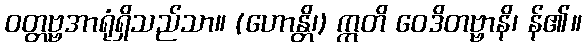
ဝတ္တဗ္ဗအာရုံရှိသည်သာ။ (ဟောန္တိ၊) ဣတိ ဝေဒိတဗ္ဗာနိ၊ န်၏။